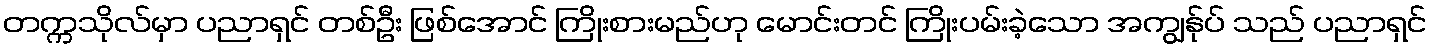
တက္ကသိုလ်မှာ ပညာရှင် တစ်ဦး ဖြစ်အောင် ကြိုးစားမည်ဟု မောင်းတင် ကြိုးပမ်းခဲ့သော အကျွန်ုပ် သည် ပညာရှင်